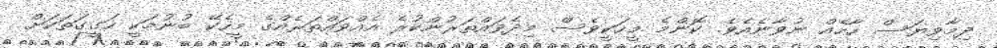
ދިމާވިޔަސް ހާހެއް ނުވާނެއެވެ. ކޮންމެ މީހަކީވެސް މިދެވައްތަރުންކުރެ އެއްވައްތަރެއްގެ މީހެކޭ ބުނުމަކީ ހަގީގަތަކަށް